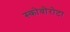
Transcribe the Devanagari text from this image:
स्कोवोरोटा